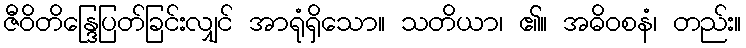
ဇီဝိတိန္ဒြေပြတ်ခြင်းလျှင် အာရုံရှိသော။ သတိယာ၊ ၏။ အဓိဝစနံ၊ တည်း။